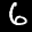
Label: 6